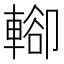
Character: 𨍖